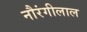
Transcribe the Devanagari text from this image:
नौरंगीलाल